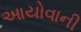
આયોવાની